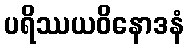
ပရိဿယဝိနောဒနံ